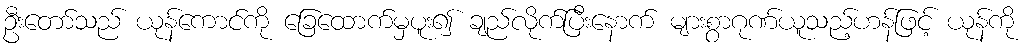
ဦးတော်သည် ယုန်ကောင်ကို ခြေထောက်မှပူး၍ ချည်လိုက်ပြီးနောက် များစွာဂုဏ်ယူသည့်ဟန်ဖြင့် ယုန်ကို